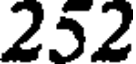
252